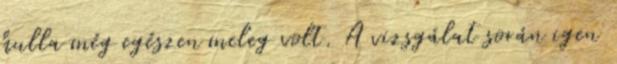
hulla még egészen meleg volt. A vizsgálat során igen